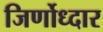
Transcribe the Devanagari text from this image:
जिर्णोध्दार